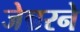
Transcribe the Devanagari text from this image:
जेन्नरने